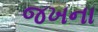
જખના